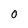
Character: O